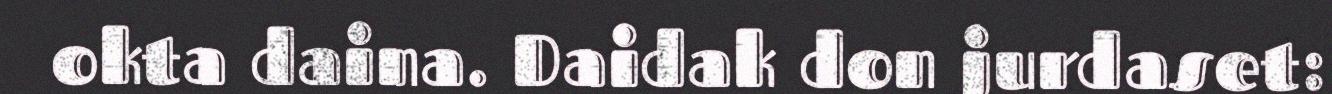
okta daina. Daidak don jurdaset: